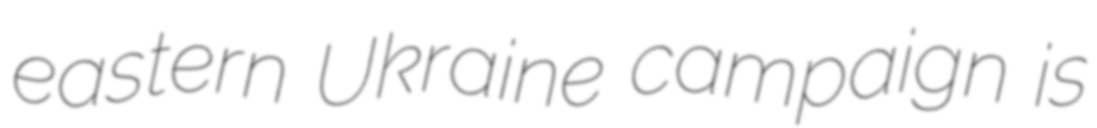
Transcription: eastern Ukraine campaign is